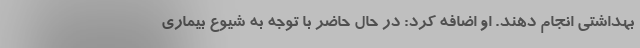
بهداشتی انجام دهند. او اضافه کرد: در حال حاضر با توجه به شیوع بیماری